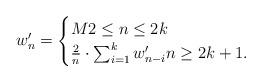
LaTeX: \begin{align*}w_n'=\begin{cases}M 2\le n\le 2k \\\frac{2}{n}\cdot\sum_{i=1}^k w'_{n-i} n\ge 2k+1.\end{cases}\end{align*}